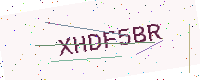
Text: XHDF5BR